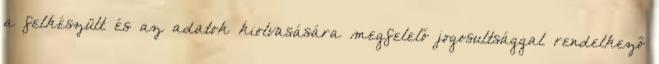
a felkészült és az adatok kiolvasására megfelelő jogosultsággal rendelkező